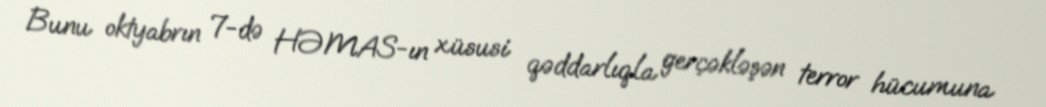
Bunu oktyabrın 7-də HƏMAS-ın xüsusi qəddarlıqla gerçəkləşən terror hücumuna